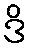
ဒိ